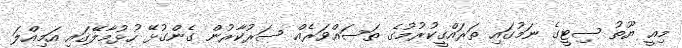
މިއީ ޔޫތު ސިޓީގެ ނަމުގައި ތަރައްގީކުރުމުގެ ތަސައްވަރެއް ސަރުކާރުން ގެންގުޅޭ ހުޅުމާލޭގައި އަމިއްލަ